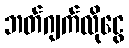
ဘတ်ဂျက်လိုငွေ